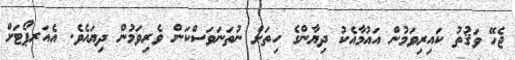
ޖެހޭ ވަޤުތު ކައިރިވަމުން އައުމާއެކު ދިޔާންގެ ހިތަށް ނުތަނަވަސްކަން ވެރިވަމުން ދިޔައެވެ. އެއަރޕޯޓަށް